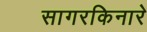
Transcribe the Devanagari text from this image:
सागरकिनारे